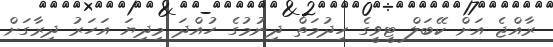
ރާއްޖެ އަށް ކޭބަލް ޓީވީގެ ހިދުމަތް ދިނުމުގެ ހުއްދަ މިދިޔަ އަހަރު ދިރާގަށް